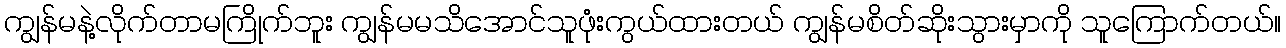
ကျွန်မနဲ့လိုက်တာမကြိုက်ဘူး ကျွန်မမသိအောင်သူဖုံးကွယ်ထားတယ် ကျွန်မစိတ်ဆိုးသွားမှာကို သူကြောက်တယ်။